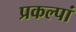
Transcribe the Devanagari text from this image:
प्रकल्पां